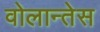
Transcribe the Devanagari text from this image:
वोलान्तेस